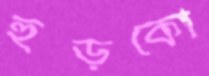
হুড়কো